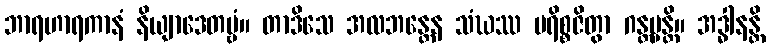
ဘာရဟာရကာနံ နိယျာဒေတဗ္ဗံ။ တာဒိသေ အလဘန္တေန သံဃဿ ပရိစ္စဇိတွာ ဂန္တဗ္ဗန္တိ။ အဒ္ဓါနန္တိ